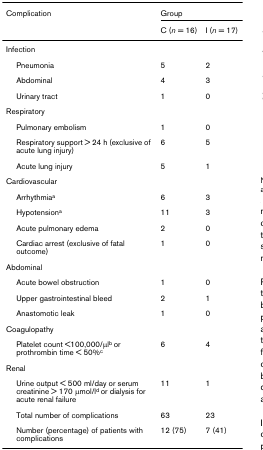
<table><thead><tr><td><b>Complication</b></td><td colspan="2"><b>Group</b></td></tr><tr><td></td><td><b>C (<i>n </i>= 16)</b></td><td><b>I (<i>n </i>= 17)</b></td></tr></thead><tbody><tr><td>Infection</td><td></td><td></td></tr><tr><td> Pneumonia</td><td>5</td><td>2</td></tr><tr><td> Abdominal</td><td>4</td><td>3</td></tr><tr><td> Urinary tract</td><td>1</td><td>0</td></tr><tr><td>Respiratory</td><td></td><td></td></tr><tr><td> Pulmonary embolism</td><td>1</td><td>0</td></tr><tr><td> Respiratory support &gt; 24 h (exclusive of acute lung injury)</td><td>6</td><td>5</td></tr><tr><td> Acute lung injury</td><td>5</td><td>1</td></tr><tr><td>Cardiovascular</td><td></td><td></td></tr><tr><td> Arrhythmia<sup>a</sup></td><td>6</td><td>3</td></tr><tr><td> Hypotension<sup>a</sup></td><td>11</td><td>3</td></tr><tr><td> Acute pulmonary edema</td><td>2</td><td>0</td></tr><tr><td> Cardiac arrest (exclusive of fatal outcome)</td><td>1</td><td>0</td></tr><tr><td>Abdominal</td><td></td><td></td></tr><tr><td> Acute bowel obstruction</td><td>1</td><td>0</td></tr><tr><td> Upper gastrointestinal bleed</td><td>2</td><td>1</td></tr><tr><td> Anastomotic leak</td><td>1</td><td>0</td></tr><tr><td>Coagulopathy</td><td></td><td></td></tr><tr><td> Platelet count &lt;100,000/μl<sup>b </sup>or prothrombin time &lt; 50%<sup>c</sup></td><td>6</td><td>4</td></tr><tr><td>Renal</td><td></td><td></td></tr><tr><td> Urine output &lt; 500 ml/day or serum creatinine &gt; 170 μmol/l<sup>d </sup>or dialysis for acute renal failure</td><td>11</td><td>1</td></tr><tr><td> Total number of complications</td><td>63</td><td>23</td></tr><tr><td> Number (percentage) of patients with complications</td><td>12 (75)</td><td>7 (41)</td></tr></tbody></table>